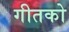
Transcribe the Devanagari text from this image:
गीतको